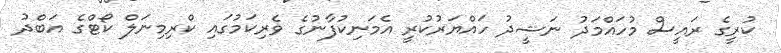
ކުރީގެ ރައީސް މުހައްމަދު ނަޝީދު ހައްޔަރުކުރީ އެމަނިކުފާނުގެ ވެރިކަމުގައި ކްރިމިނަލް ކޯޓްގެ އަބްދު